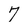
Character: 7